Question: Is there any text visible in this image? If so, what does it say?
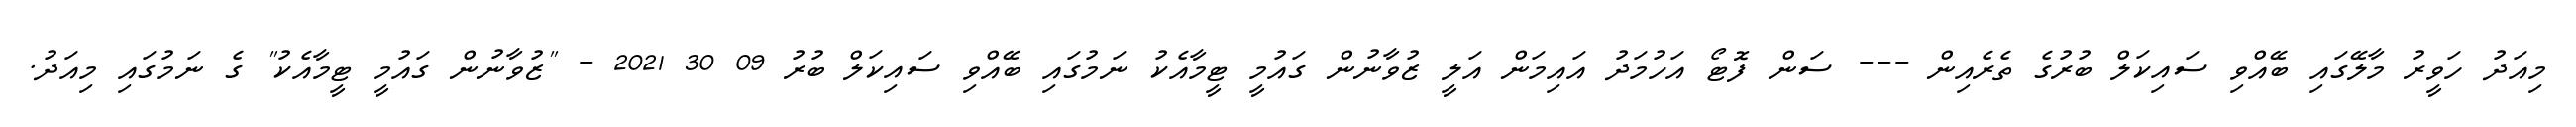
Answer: މިއަދު ހަވީރު މާލޭގައި ބޭއްވި ސައިކަލް ބުރުގެ ތެރެއިން --- ސަން ފޮޓޯ އަހުމަދު އައިމަން އަލީ ޒުވާނުން ގައުމީ ޓީމާއެކު ނަމުގައި ބޭއްވި ސައިކަލް ބުރު 09 30 2021 - "ޒުވާނުން ގައުމީ ޓީމާއެކު" ގެ ނަމުގައި މިއަދު.